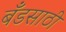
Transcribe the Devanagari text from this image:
बँडसाठी